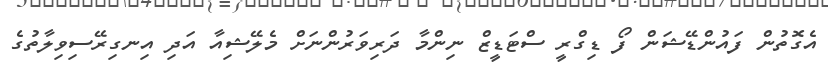
އެގޮތުން ފައުންޑޭޝަން ފޯ ޑިގްރީ ސްޓަޑީޒް ނިންމާ ދަރިވަރުންނަށް މެލޭޝިއާ އަދި އިނގިރޭސިވިލާތުގެ